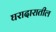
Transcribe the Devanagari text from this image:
घरादारातील